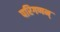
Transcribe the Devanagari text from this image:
परिगणन्